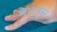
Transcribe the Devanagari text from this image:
मेगनस